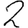
Digit: 2